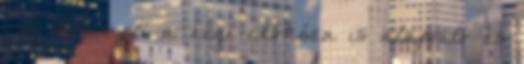
. A krumpli a régi időkben is alapvető és